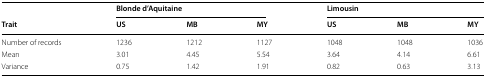
|  | <COLSPAN=3> Blonde d’Aquitaine | <COLSPAN=3> Limousin |
 | Trait | US | MB | MY | US | MB | MY |
 | --- | --- | --- | --- | --- | --- | --- |
 | Number of records | 1236 | 1212 | 1127 | 1048 | 1048 | 1036 |
 | Mean | 3.01 | 4.45 | 5.54 | 3.64 | 4.14 | 6.61 |
 | Variance | 0.75 | 1.42 | 1.91 | 0.82 | 0.63 | 3.13 |